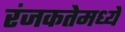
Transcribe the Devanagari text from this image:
रंजकतेमध्ये